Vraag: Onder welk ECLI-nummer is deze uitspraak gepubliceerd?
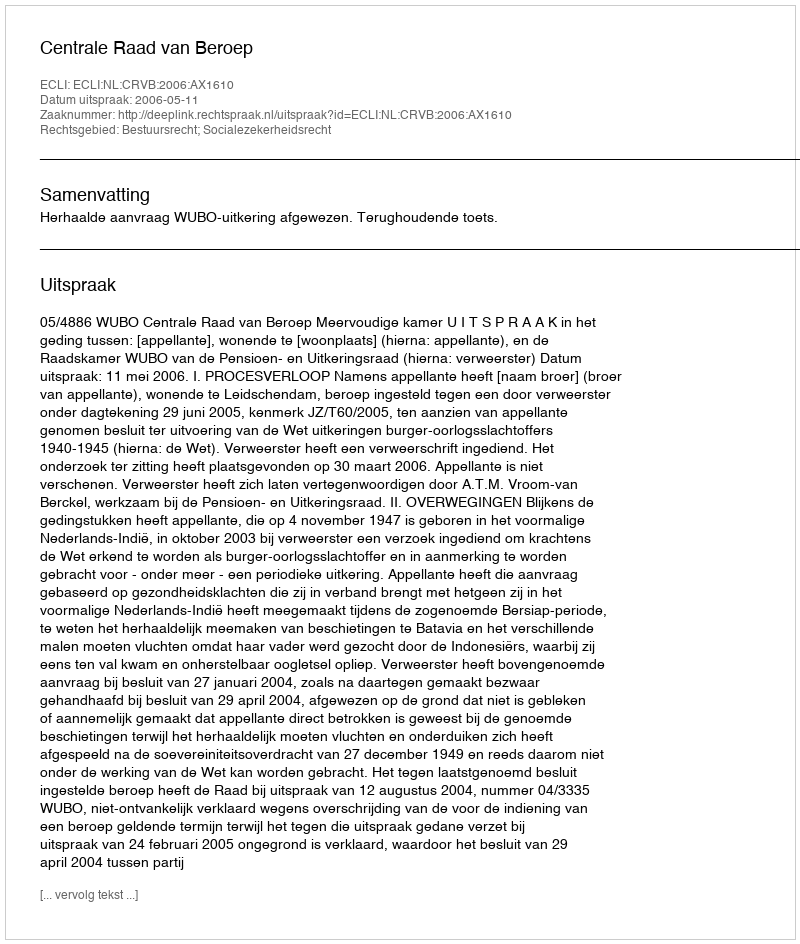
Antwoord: ECLI:NL:CRVB:2006:AX1610